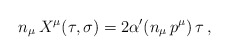
\begin{align*}n_{\mu} \, X^{\mu} (\tau , \sigma) = 2 \alpha' (n_{\mu} \, p^{\mu})\, \tau \, , \end{align*}